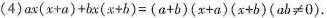
（4） $$a x ( x + a ) + b x ( x +b ) = ( a + b ) ( x + a ) ( x + b ) (a b ≠ 0 )$$.